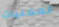
لعمليات